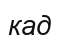
кад